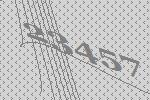
23457